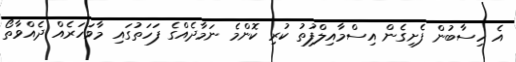
އެ ހިސާބުން ފެށިގެން އިސްމާއިލްފުތު ކުރި ކޮންމެ ނަމާދެއްގެ ފަހަތުގައި މާވަހަރެއް ދެއްވާތޯ